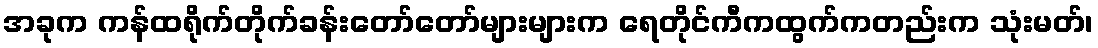
အခုက ကန်ထရိုက်တိုက်ခန်းတော်တော်များများက ရေတိုင်ကီကထွက်ကတည်းက သုံးမတ်၊